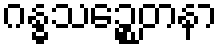
ဂန္ဓသဉ္စေတနာ